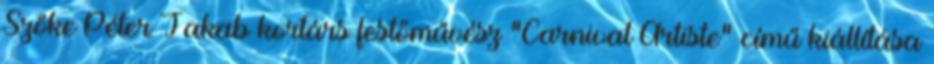
Szőke Péter Jakab kortárs festőművész “Carnival Artiste” című kiállítása